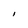
Character: I